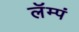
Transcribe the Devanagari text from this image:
लॅम्पं